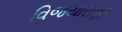
વિજયારાણી